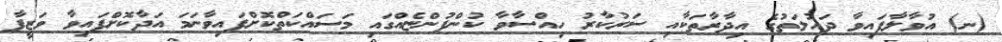
(ނ) އުވާލާފައިވާ ދައުލަތުގެ އިދާރާތަކާއި ސަރުކާރު ހިއްސާވާ ކުންފުންޏެއްގައި މަސައްކަތްކޮށްފައިވާނަމަ އަދާކޮށްފައިވާ ވަޒީފާ